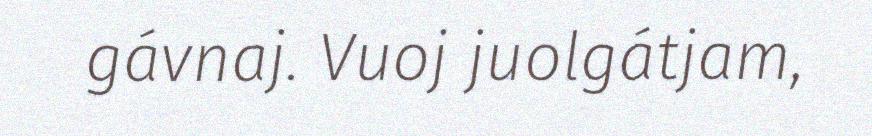
gávnaj. Vuoj juolgátjam,